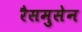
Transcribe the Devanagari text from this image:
रैसमुसेन